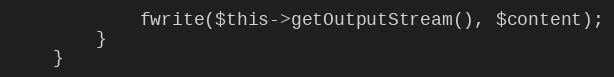
Language: PHP
            fwrite($this->getOutputStream(), $content);
        }
    }